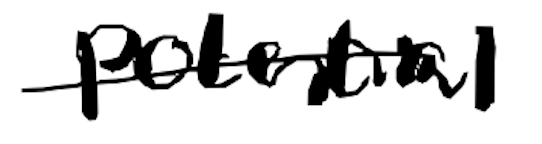
Text: potential
Cross-out: single-line
Writing tool: digital_black